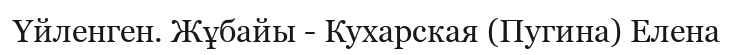
Үйленген. Жұбайы - Кухарская (Пугина) Елена